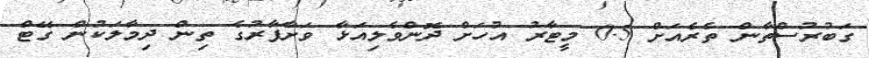
ގަބުރުސްތާން ތެރެއަށް 0.5 މީޓާރު އުހަށް ދޮންވެލިއަޅާ ވަށާފާރުގެ ތިން ދިމާލަކުން ގޭޓް